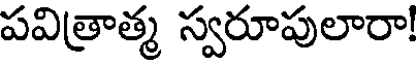
పవిత్రాత్మ స్వరూపులారా!